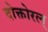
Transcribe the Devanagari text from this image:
दोक्तोरल्